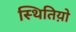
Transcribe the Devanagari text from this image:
स्थितिय़ो